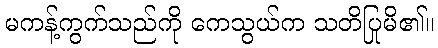
မကန့်ကွက်သည်ကို ကေသွယ်က သတိပြုမိ၏။